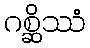
ဂစ္ဆိဿံ